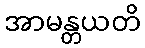
အာမန္တယတိ